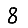
Digit: 8